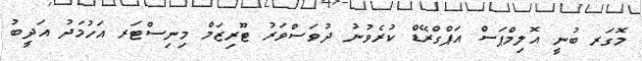
މޮގަރ ބުނީ އޮލިމްޕަސް އަޕްގްރޭޑް ކުރެވުނު ދުވަސްވަރު ޓޫރިޒަމް މިނިސްޓަރ އަހުމަދު އަދީބު